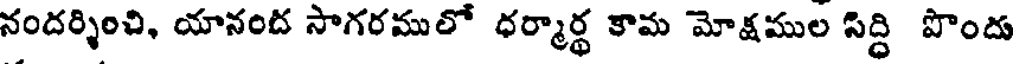
నందర్శించి, యానంద సాగరములో ధర్మార్థ కామ మోక్షముల సిద్ధి పొందు